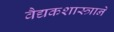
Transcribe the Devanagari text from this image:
वैद्यकशास्त्राने